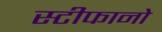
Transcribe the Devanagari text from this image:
स्टीफानो